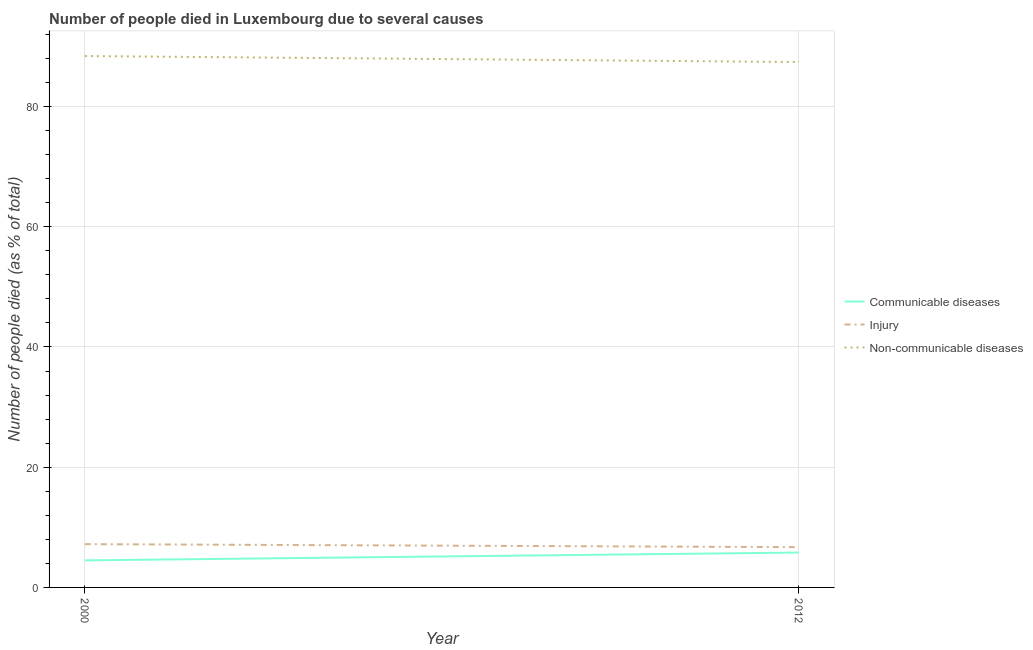
| Year | Communicable diseases | Injury | Non-communicable diseases |
 | --- | --- | --- | --- |
 | 2000 | 4.5 | 7.2 | 88.4 |
 | 2012 | 5.8 | 6.7 | 87.4 |